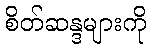
စိတ်ဆန္ဒများကို